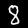
Digit: 8